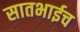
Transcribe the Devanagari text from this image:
सातभाईच